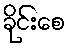
ခိုင်းစေ